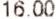
16.00